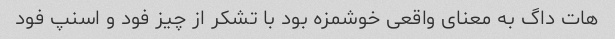
هات داگ به معنای واقعی خوشمزه بود با تشکر از چیز فود و اسنپ فود